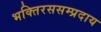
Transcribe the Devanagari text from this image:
भक्तिरससम्प्रदाय